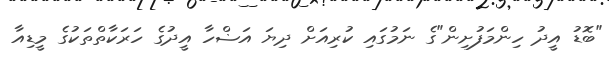
"ބޮޑު އީދު ހިންމަފުށިން"ގެ ނަމުގައި ކުރިއަށް ދިޔަ އަޟްހާ އީދުގެ ހަރަކާތްތަކުގެ މީޑިއާ